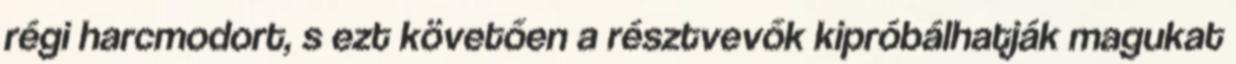
régi harcmodort, s ezt követően a résztvevők kipróbálhatják magukat